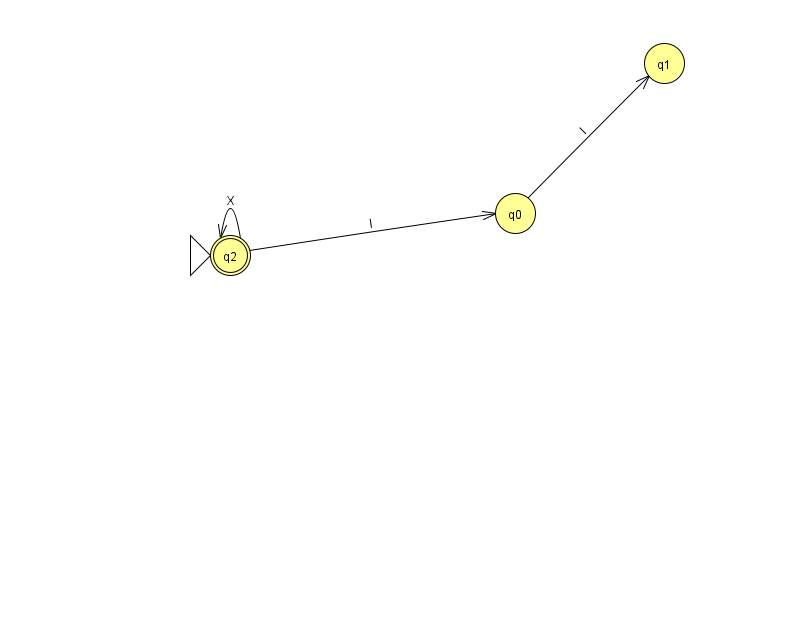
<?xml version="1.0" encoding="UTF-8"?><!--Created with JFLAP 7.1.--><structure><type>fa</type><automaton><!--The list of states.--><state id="0" name="q0"><x>515.0</x><y>200.0</y></state><state id="1" name="q1"><x>664.0</x><y>50.0</y></state><state id="2" name="q2"><x>230.0</x><y>242.0</y><initial/><final/></state><!--The list of transitions.--><transition><from>0</from><to>1</to><read>I</read></transition><transition><from>2</from><to>2</to><read>X</read></transition><transition><from>2</from><to>0</to><read>l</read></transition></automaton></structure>